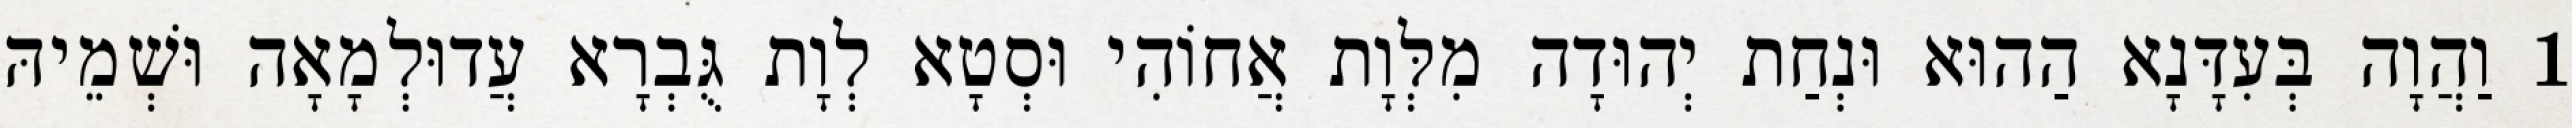
1 וַהֲוָה בְּעִדָּנָא הַהוּא וּנְחַת יְהוּדָה מִלְּוָת אֲחוֹהִי וּסְטָא לְוָת גֻּבְרָא עֲדוּלְמָאָה וּשְׁמֵיהּ